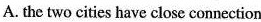
A. the two cities hat close connection